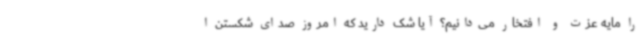
را مایه عزت و افتخار می‌دانیم؟ آیا شک دارید که امروز صدای شکستن ا